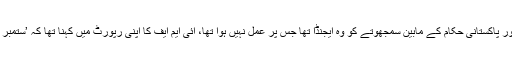
خیال رہے کہ بجلی کی قیمتوں میں اضافہ آئی ایم ایف عملے اور پاکستانی حکام کے مابین سمجھوتے کو وہ ایجنڈا تھا جس پر عمل نہیں ہوا تھا، آئی ایم ایف کا اپنی رپورٹ میں کہنا تھا کہ ’ستمبر کے اختتام تک کے اہداف کی تکمیل کے لیے کام جاری ہے‘۔